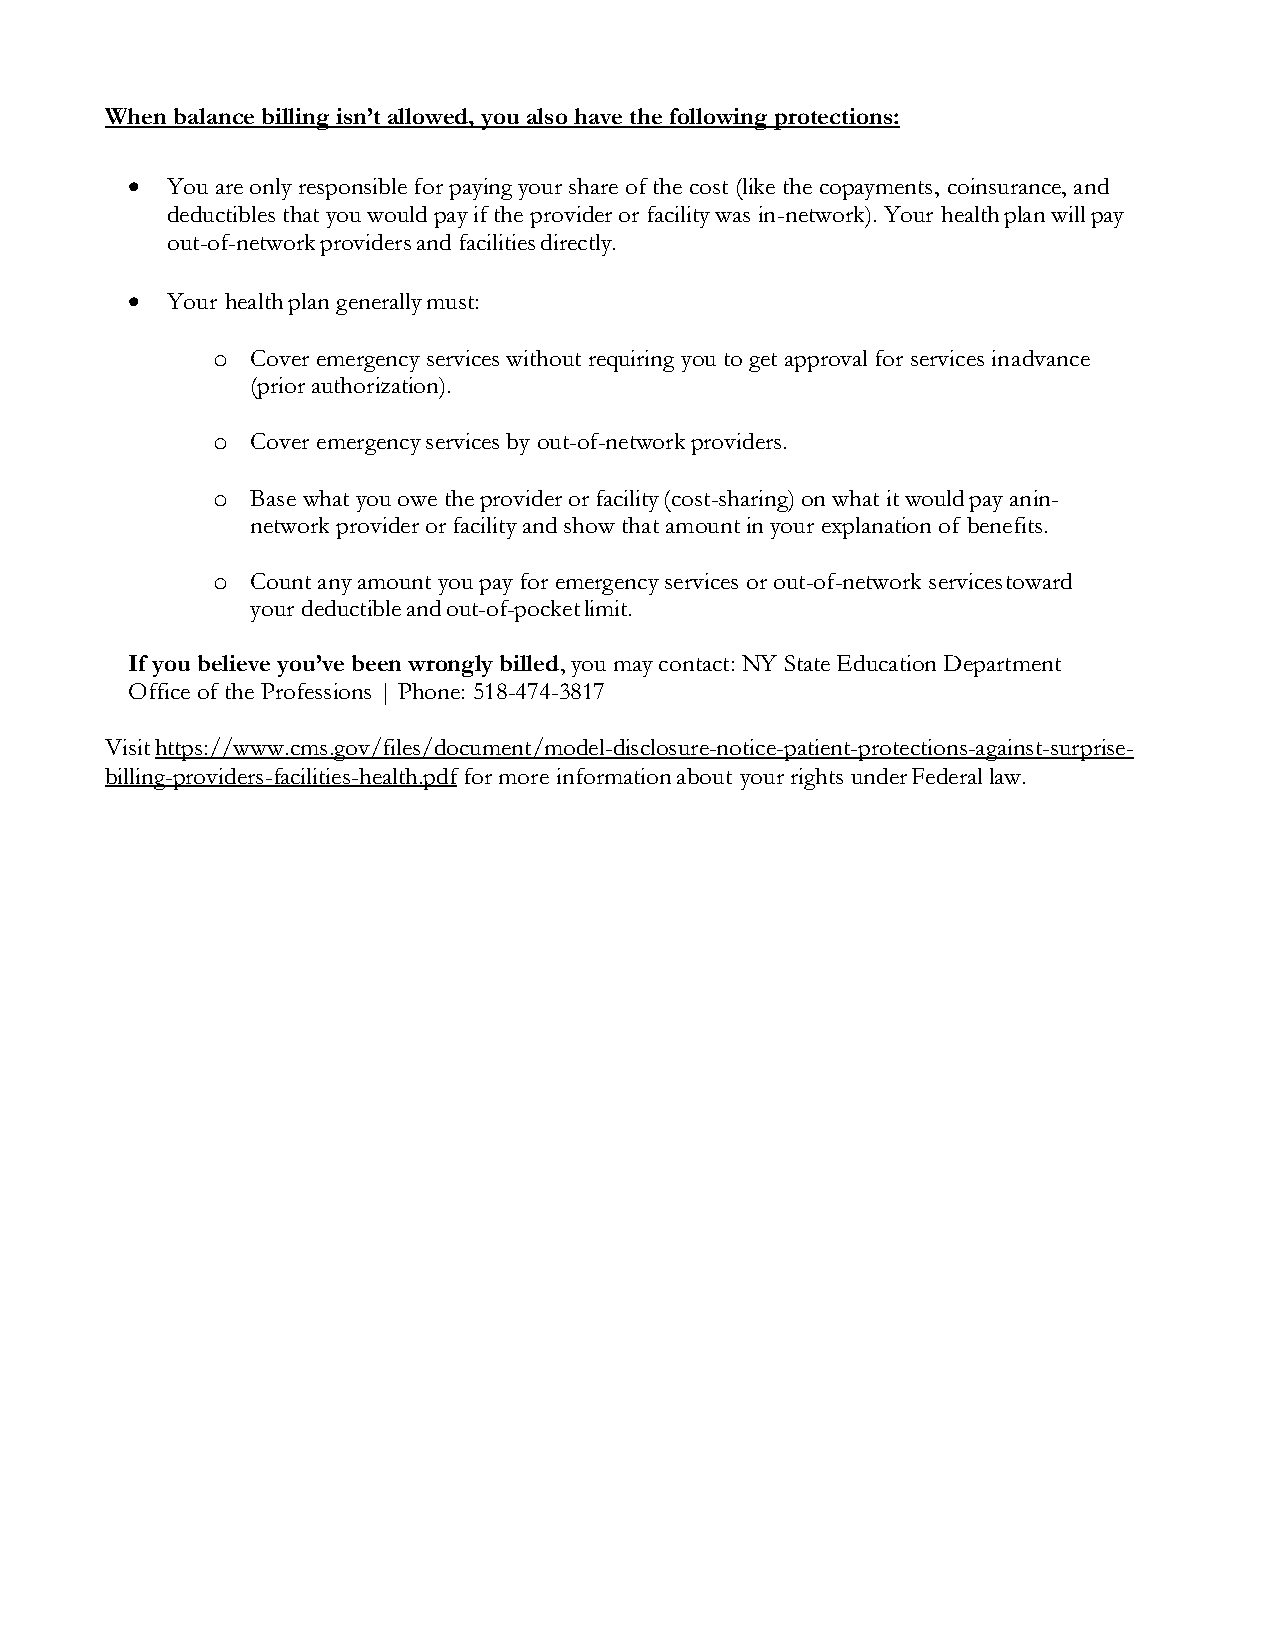
When balance billing isn’t allowed, you also have the following protections:
 •  You are only responsible for paying your share of the cost (like the copayments, coinsurance, and
 deductibles that you would pay if the provider or facility was in-network). Your health plan will pay
 out-of-network providers and facilities directly.
 •  Your health plan generally must:
 o  Cover emergency services without requiring you to get approval for services in advance
 (prior authorization).
 o  Cover emergency services by out-of-network providers.
 o  Base what you owe the provider or facility (cost-sharing) on what it would pay an in-
 network provider or facility and show that amount in your explanation of benefits.
 o  Count any amount you pay for emergency services or out-of-network services toward
 your deductible and out-of-pocket limit.
 If you believe you’ve been wrongly billed, you may contact: NY State Education Department
 Office of the Professions | Phone: 518-474-3817
 Visit https://www.cms.gov/files/document/model-disclosure-notice-patient-protections-against-surprise-
 billing-providers-facilities-health.pdf for more information about your rights under Federal law.